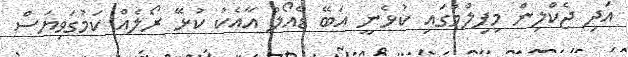
އަދި ޖެކްލިން މިފިލްމުގައި ކުޅެނީ އަބޭ ޑެއޯލް އާއެކު ކުޅޭ ރޯލެއް ކަމުގަވިޔަސް